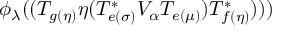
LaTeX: \phi _ { \lambda } ( ( T _ { g ( \eta ) } \eta ( T _ { e ( \sigma ) } ^ { * } V _ { \alpha } T _ { e ( \mu ) } ) T _ { f ( \eta ) } ^ { * } ) ) )